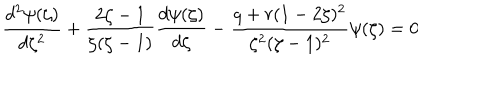
\frac { d ^ { 2 } \psi ( \zeta ) } { d \zeta ^ { 2 } } + \frac { 2 \zeta - 1 } { \zeta ( \zeta - 1 ) } \frac { d \psi ( \zeta ) } { d \zeta } - \frac { q + r ( 1 - 2 \zeta ) ^ { 2 } } { \zeta ^ { 2 } ( \zeta - 1 ) ^ { 2 } } \psi ( \zeta ) = 0